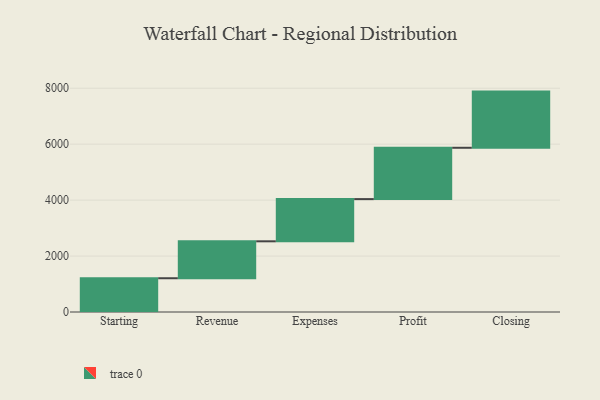
{"axis": {"x": "Step", "y": "Value"}, "legend": [""], "data": [{"x": "Starting", "y": 1207.0, "type": ""}, {"x": "Revenue", "y": 1320.0, "type": ""}, {"x": "Expenses", "y": 1509.0, "type": ""}, {"x": "Profit", "y": 1835.0, "type": ""}, {"x": "Closing", "y": 2008.0, "type": ""}]}